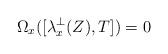
LaTeX: \begin{align*} \Omega_x([\lambda^\perp_x(Z),T]) = 0 \end{align*}